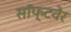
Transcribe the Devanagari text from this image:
सॉफ्‍टवेर